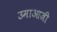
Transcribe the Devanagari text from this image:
उमाआजी